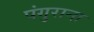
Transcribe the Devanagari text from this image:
पंगुराना